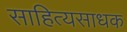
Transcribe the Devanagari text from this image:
साहित्यसाधक